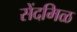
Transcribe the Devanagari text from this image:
सेंदमिळ